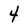
Character: 4